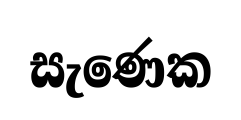
සැණෙක